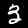
Digit: 3